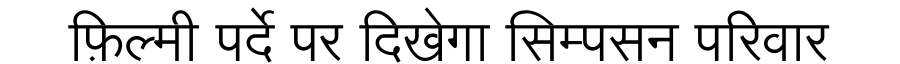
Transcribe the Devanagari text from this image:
फ़िल्मी पर्दे पर दिखेगा सिम्पसन परिवार